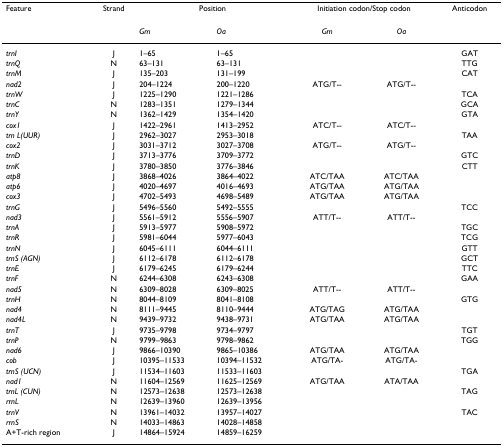
<table><thead><tr><td><b>Feature</b></td><td><b>Strand</b></td><td colspan="2"><b>Position</b></td><td colspan="2"><b>Initiation codon/Stop codon</b></td><td><b>Anticodon</b></td></tr><tr><td></td><td></td><td><b><i>Gm</i></b></td><td><b><i>Oa</i></b></td><td><b><i>Gm</i></b></td><td><b><i>Oa</i></b></td><td></td></tr></thead><tbody><tr><td><i>trnI</i></td><td>J</td><td>1–65</td><td>1–65</td><td></td><td></td><td>GAT</td></tr><tr><td><i>trnQ</i></td><td>N</td><td>63–131</td><td>63–131</td><td></td><td></td><td>TTG</td></tr><tr><td><i>trnM</i></td><td>J</td><td>135–203</td><td>131–199</td><td></td><td></td><td>CAT</td></tr><tr><td><i>nad2</i></td><td>J</td><td>204–1224</td><td>200–1220</td><td>ATG/T--</td><td>ATG/T--</td><td></td></tr><tr><td><i>trnW</i></td><td>J</td><td>1225–1290</td><td>1221–1286</td><td></td><td></td><td>TCA</td></tr><tr><td><i>trnC</i></td><td>N</td><td>1283–1351</td><td>1279–1344</td><td></td><td></td><td>GCA</td></tr><tr><td><i>trnY</i></td><td>N</td><td>1362–1429</td><td>1354–1420</td><td></td><td></td><td>GTA</td></tr><tr><td><i>cox1</i></td><td>J</td><td>1422–2961</td><td>1413–2952</td><td>ATC/T--</td><td>ATC/T--</td><td></td></tr><tr><td><i>trn L(UUR)</i></td><td>J</td><td>2962–3027</td><td>2953–3018</td><td></td><td></td><td>TAA</td></tr><tr><td><i>cox2</i></td><td>J</td><td>3031–3712</td><td>3027–3708</td><td>ATG/T--</td><td>ATG/T--</td><td></td></tr><tr><td><i>trnD</i></td><td>J</td><td>3713–3776</td><td>3709–3772</td><td></td><td></td><td>GTC</td></tr><tr><td><i>trnK</i></td><td>J</td><td>3780–3850</td><td>3776–3846</td><td></td><td></td><td>CTT</td></tr><tr><td><i>atp8</i></td><td>J</td><td>3868–4026</td><td>3864–4022</td><td>ATC/TAA</td><td>ATC/TAA</td><td></td></tr><tr><td><i>atp6</i></td><td>J</td><td>4020–4697</td><td>4016–4693</td><td>ATG/TAA</td><td>ATG/TAA</td><td></td></tr><tr><td><i>cox3</i></td><td>J</td><td>4702–5493</td><td>4698–5489</td><td>ATG/TAA</td><td>ATG/TAA</td><td></td></tr><tr><td><i>trnG</i></td><td>J</td><td>5496–5560</td><td>5492–5555</td><td></td><td></td><td>TCC</td></tr><tr><td><i>nad3</i></td><td>J</td><td>5561–5912</td><td>5556–5907</td><td>ATT/T--</td><td>ATT/T--</td><td></td></tr><tr><td><i>trnA</i></td><td>J</td><td>5913–5977</td><td>5908–5972</td><td></td><td></td><td>TGC</td></tr><tr><td><i>trnR</i></td><td>J</td><td>5981–6044</td><td>5977–6043</td><td></td><td></td><td>TCG</td></tr><tr><td><i>trnN</i></td><td>J</td><td>6045–6111</td><td>6044–6111</td><td></td><td></td><td>GTT</td></tr><tr><td><i>trnS (AGN)</i></td><td>J</td><td>6112–6178</td><td>6112–6178</td><td></td><td></td><td>GCT</td></tr><tr><td><i>trnE</i></td><td>J</td><td>6179–6245</td><td>6179–6244</td><td></td><td></td><td>TTC</td></tr><tr><td><i>trnF</i></td><td>N</td><td>6244–6308</td><td>6243–6308</td><td></td><td></td><td>GAA</td></tr><tr><td><i>nad5</i></td><td>N</td><td>6309–8028</td><td>6309–8025</td><td>ATT/T--</td><td>ATT/T--</td><td></td></tr><tr><td><i>trnH</i></td><td>N</td><td>8044–8109</td><td>8041–8108</td><td></td><td></td><td>GTG</td></tr><tr><td><i>nad4</i></td><td>N</td><td>8111–9445</td><td>8110–9444</td><td>ATG/TAG</td><td>ATG/TAA</td><td></td></tr><tr><td><i>nad4L</i></td><td>N</td><td>9439–9732</td><td>9438–9731</td><td>ATG/TAA</td><td>ATG/TAA</td><td></td></tr><tr><td><i>trnT</i></td><td>J</td><td>9735–9798</td><td>9734–9797</td><td></td><td></td><td>TGT</td></tr><tr><td><i>trnP</i></td><td>N</td><td>9799–9863</td><td>9798–9862</td><td></td><td></td><td>TGG</td></tr><tr><td><i>nad6</i></td><td>J</td><td>9866–10390</td><td>9865–10386</td><td>ATG/TAA</td><td>ATG/TAA</td><td></td></tr><tr><td><i>cob</i></td><td>J</td><td>10395–11533</td><td>10394–11532</td><td>ATG/TA-</td><td>ATG/TA-</td><td></td></tr><tr><td><i>trnS (UCN)</i></td><td>J</td><td>11534–11603</td><td>11533–11603</td><td></td><td></td><td>TGA</td></tr><tr><td><i>nad1</i></td><td>N</td><td>11604–12569</td><td>11625–12569</td><td>ATG/TAA</td><td>ATA/TAA</td><td></td></tr><tr><td><i>trnL (CUN)</i></td><td>N</td><td>12573–12638</td><td>12573–12638</td><td></td><td></td><td>TAG</td></tr><tr><td><i>rrnL</i></td><td>N</td><td>12639–13960</td><td>12639–13956</td><td></td><td></td><td></td></tr><tr><td><i>trnV</i></td><td>N</td><td>13961–14032</td><td>13957–14027</td><td></td><td></td><td>TAC</td></tr><tr><td><i>rrnS</i></td><td>N</td><td>14033–14863</td><td>14028–14858</td><td></td><td></td><td></td></tr><tr><td>A+T-rich region</td><td>J</td><td>14864–15924</td><td>14859–16259</td><td></td><td></td><td></td></tr></tbody></table>